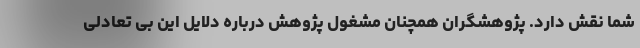
شما نقش دارد. پژوهشگران همچنان مشغول پژوهش درباره دلایل این بی تعادلی